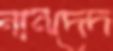
নানদেদ